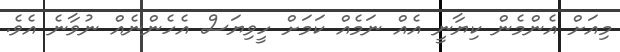
މިއަށް އެންމެން ކިޔާނީ އެއް ނަމެއް ކަމަށް ހީވިޔަސް އެހެންނެއް ނުވާނެ އެވެ.